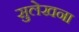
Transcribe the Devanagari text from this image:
सुलेखना